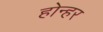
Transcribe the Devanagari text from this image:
होन्हर